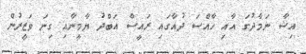
އިޝާ ނަމާދުގަ އާއި ހާއްސަ ދުއާގައި ރައީސް އަބްދު ޔާމީނާއި ގިނަ ވަޒީރުން